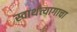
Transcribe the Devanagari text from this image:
स्वार्थत्यागाचा